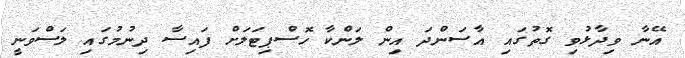
އޭނާ ވިދާޅުވި ގޮތުގައި އާސަންދަ އިން ލަންކާ ހޮސްޕިޓަލަށް ފައިސާ ދިނުމުގައި ލަސްވަނީ